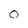
Character: O